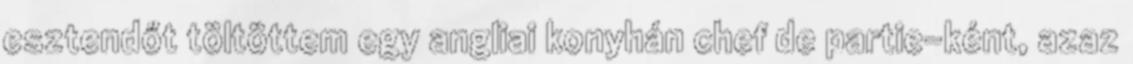
esztendőt töltöttem egy angliai konyhán chef de partie-ként, azaz